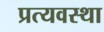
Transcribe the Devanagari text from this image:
प्रत्यवस्था